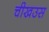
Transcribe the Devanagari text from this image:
चीखउस